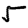
Digit: 5